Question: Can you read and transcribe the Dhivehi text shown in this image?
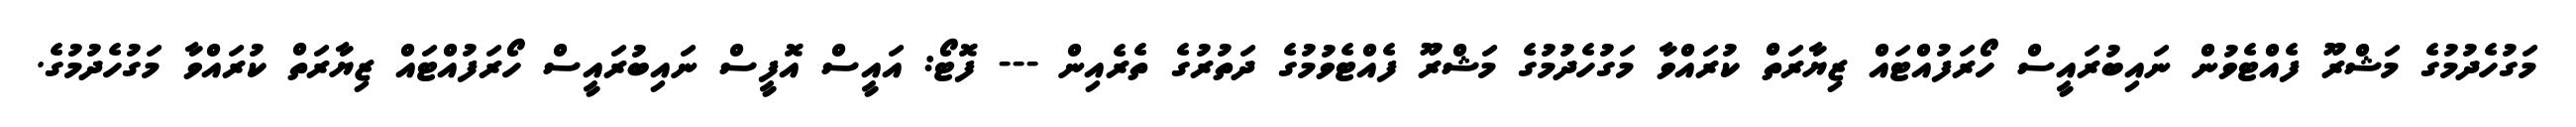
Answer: މަގުހެދުމުގެ މަޝްރޫ ފެއްޓެވުން ނައިބުރައީސް ހޯރަފުއްޓައް ޒިޔާރަތް ކުރައްވާ މަގުހެދުމުގެ މަޝްރޫ ފެއްޓެވުމުގެ ދަތުރުގެ ތެރެއިން --- ފޮޓޯ: އައީސް އޮފީސް ނައިބުރައީސް ހޯރަފުއްޓައް ޒިޔާރަތް ކުރައްވާ މަގުހެދުމުގެ.